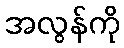
အလွန်ကို